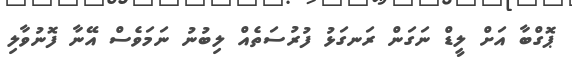
ޕޮގްބާ އަށް ލީޑް ނަގަން ރަނގަޅު ފުރުސަތެއް ލިބުނު ނަމަވެސް އޭނާ ފޮނުވާލި